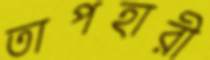
তাপহারী